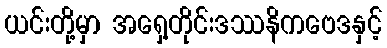
ယင်းတို့မှာ အရှေ့တိုင်းဒဿနိကဗေဒနှင့်